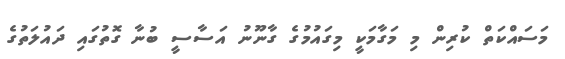
މަސައްކަތް ކުރިން މި މަގާމަކީ މިގައުމުގެ ގާނޫނު އަސާސީ ބުނާ ގޮތުގައި ދައުލަތުގެ